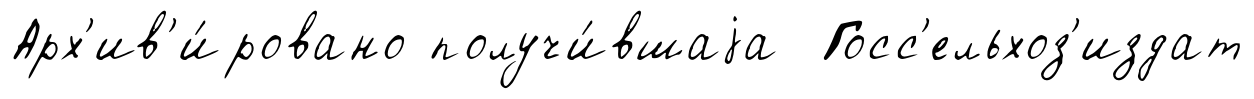
Арх'ив'и́ровано получи́вшаjа Госс'ельхоз'издат